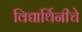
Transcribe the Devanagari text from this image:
विद्यार्थिनीचे